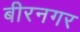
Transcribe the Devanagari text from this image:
बीरनगर